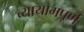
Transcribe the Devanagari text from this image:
व्यायामपूर्ण